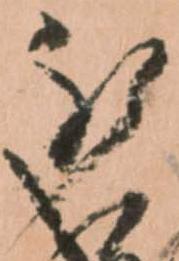
被